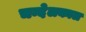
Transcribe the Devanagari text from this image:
चन्देलकाल